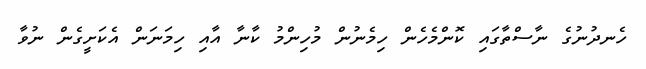
ހެނދުނުގެ ނާސްތާގައި ކޮންމެހެން ހިމެނުން މުހިންމު ކާނާ އާއި ހިމަނަން އެކަށީގެން ނުވާ